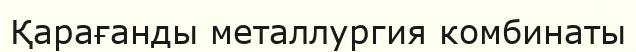
Қарағанды металлургия комбинаты